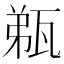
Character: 𤭌